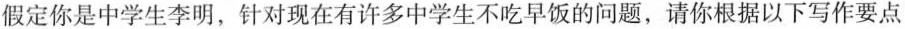
假定你是中学生李明，针对现在有许多中学生不吃早饭的问题，请你根据以下写作要点